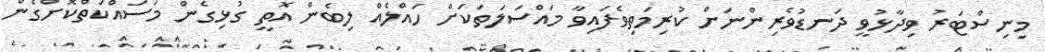
މިނިސްޓަރު ވިދާޅުވީ ދަނޑުވެރިންނަށް ކުރިމަތިވެފައިވާ މައްސަލަތަކަށް ހައްލެއް ލިބެން އޮތީ ގުޅިގެން މަސައްކަތްކޮށްގެން